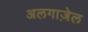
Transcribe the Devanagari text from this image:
अलगाज़ेल